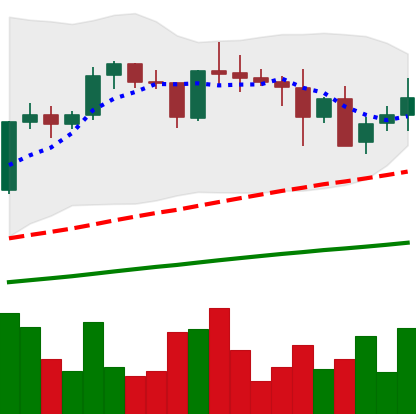
Ticker: XRP-USD
Chart end date: 2021-05-15
Forward return: -20.213%
Label: down_7plus